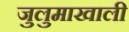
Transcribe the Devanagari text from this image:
जुलुमाखाली